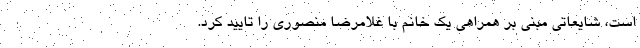
است، شایعاتی مبنی بر همراهی یک خانم با غلامرضا منصوری را تایید کرد.